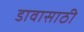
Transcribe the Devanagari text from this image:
डावासाठी